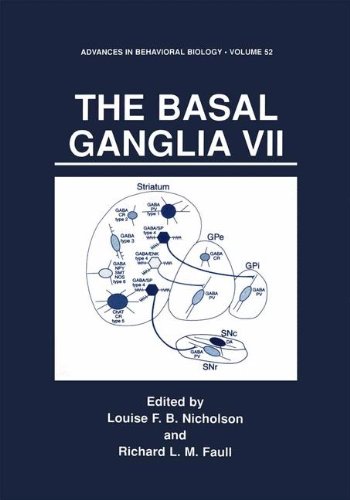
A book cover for The Basal Ganglia VII (Advances in Behavioral Biology) (v. 52); Health, Fitness & Dieting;